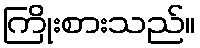
ကြိုးစားသည်။